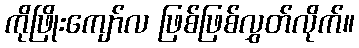
ကိုဖြိုးကျော်လ ဖြစ်ဖြစ်လွှတ်လိုက်။